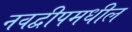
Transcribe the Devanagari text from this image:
नवद्वीपमधील